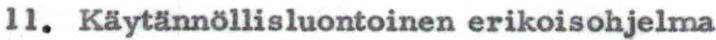
11. Käytännöllisluontoinen erikoisohjelma